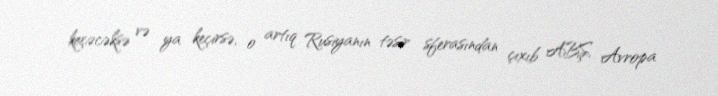
keçəcəksə və ya keçirsə, o artıq Rusiyanın təsir sferasından çıxıb ABŞ, Avropa